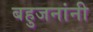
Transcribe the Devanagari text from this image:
बहुजनांनी